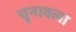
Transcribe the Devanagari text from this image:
चुनावला